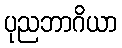
ပုညဘာဂိယာ